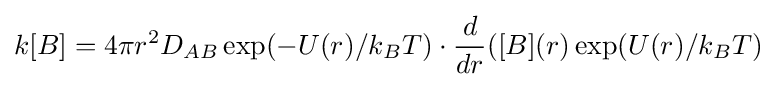
k[B]=4\pi r^{2}D_{AB}\exp(-U(r)/k_{B}T)\cdot {\frac {d}{dr}}([B](r)\exp(U(r)/k_{B}T)